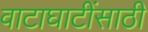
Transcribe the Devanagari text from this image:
वाटाघाटींसाठी